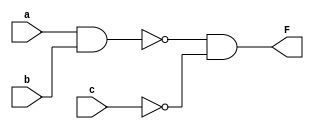
module parity(
    input a, b, c,
    output F
);
    assign F = ~(a&b) & ~c;
endmodule